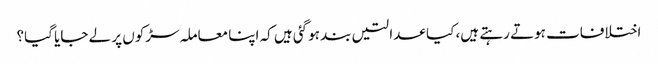
اختلافات ہوتے رہتے ہیں، کیا عدالتیں بند ہوگئی ہیں کہ اپنا معاملہ سڑکوں پر لے جایا گیا؟